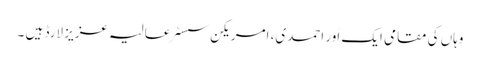
وہاں کی مقامی ایک اَور احمدی، امریکن سسٹر عالیہ عزیز لارڈ ہیں ۔